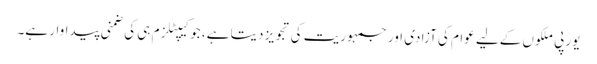
یورپی ملکوں کےلیے عوام کی آزادی اور جمہوریت کی تجویز دیتا ہے، جو کیپٹلزم ہی کی ضمنی پیداوار ہے۔